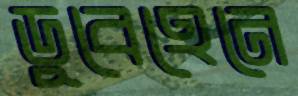
ডুবেহেনে